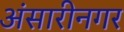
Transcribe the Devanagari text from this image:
अंसारीनगर